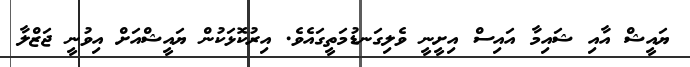
ޔައީޝް އާއި ޝައިމާ އައިސް އިށީނީ ވެލިގަނޑުމަތީގައެވެ. އިރުކޮޅަކުން ޔައީޝްއަށް އިވުނީ ޖަޒްލާ